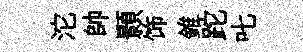
沱帥顥饰錐跎叱